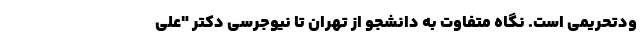
ودتحریمی است. نگاه متفاوت به دانشجو از تهران تا نیوجرسی دکتر "علی